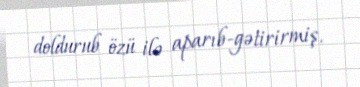
doldurub özü ilə aparıb-gətirirmiş.